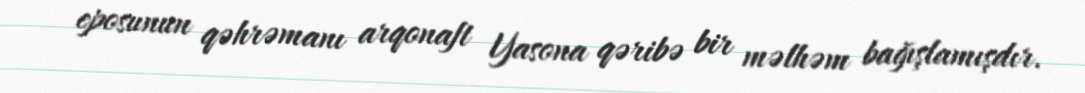
eposunun qəhrəmanı arqonaft Yasona qəribə bir məlhəm bağışlamışdır.